system: You are a helpful assistant.
user:
Analyze the provided spectrum to determine if it is a **White Dwarf (WD)**.

A White Dwarf spectrum is defined by its **extreme purity** (due to gravitational settling) and/or **extreme pressure broadening** (due to high surface gravity). You must check for one of the following mutually exclusive signatures:

- **Key Visual Indicators (Check for ONE of these types):**

    - **1. DA-Type Signature (Most Common):**
        - **(Primary Feature):** Extreme pressure broadening (Stark broadening) of the **Hydrogen (H) Balmer lines**.
        - **(Key Lines):** $H\beta$ (approx. $4861$ Å) and $H\gamma$ (approx. $4340$ Å). $H\alpha$ (approx. $6563$ Å) will also be present if the wavelength range covers it.
        - **(Line Profile):** This is the **defining feature**. The lines are **NOT** sharp. They appear as massive, **extremely broad and deep "troughs" or "dips"** in the spectrum, often hundreds of Ångströms wide. The continuum will appear to "scoop" down at these wavelengths.
        - **(Distinction):** Normal A-type or B-type stars have *narrow* and *sharp* Hydrogen lines. A DA White Dwarf's lines are unmistakably "smeared" or "blurry" from pressure.

    - **2. DB-Type Signature:**
        - **(Primary Feature):** Broad absorption lines from **Neutral Helium (He I)**. The spectrum must lack any visible Hydrogen lines.
        - **(Key Lines):** Look for broad absorption near $4471$ Å, $4921$ Å, and $5876$ Å.
        - **(Line Profile):** These lines are also significantly pressure-broadened, appearing much wider than they would in a normal B-type main-sequence star.

    - **3. DC-Type Signature:**
        - **(Primary Feature):** A **featureless continuous spectrum**.
        - **(Line Profile):** The spectrum is a smooth curve with **no significant absorption or emission lines**.
        - **(Key Confirmation):** The continuum is almost always **blue or white**, indicating a hot object. This signature implies the atmosphere is so pure (or so cool) that no spectral lines are visible in the optical range. Its WD identity is confirmed by its extremely low intrinsic brightness (high absolute magnitude).

    - **4. DZ-Type Signature (Metal-Polluted):**
        - **(Primary Feature):** **Isolated, narrow metal absorption lines** on an otherwise featureless (DC-like) continuum.
        - **(Key Lines):** The **Calcium (Ca II) H & K doublet** (approx. **$3934$ Å** and **$3968$ Å**) is the most common and defining feature.
        - **(Line Profile):** These lines are "out of place." They are *not* part of a "forest" of thousands of lines. This signature is evidence of recent *accretion* (pollution) from rocky debris.
        - **(Distinction):** Normal G/K/M stars have a *dense forest* of thousands of metal lines. A DZ has a *clean* continuum with *only a few* strong metal lines.

    - **5. DQ-Type Signature (Carbon-Polluted):**
        - **(Primary Feature):** Absorption bands from **Carbon (C₂ "Swan Bands" or atomic C I)**.
        - **(Key Lines - C₂):** Look for bandheads with a "saw-tooth" shape near $5635$ Å, **$5165$ Å** (strongest), and $4737$ Å.
        - **(Key Confirmation):** The underlying **continuum must be blue or white** (hot).
        - **(Distinction):** This is the critical difference from a **Carbon Star**, which has the *exact same* C₂ bands but on an extremely **red, cool** continuum.

- **(Overall Spectrum):**
    - The continuum (overall shape) is typically **blue-sloping** (brighter in the blue than the red), as most white dwarfs are very hot.
    - The spectrum will look "pure" or "simple," dominated by only *one* of the five signatures listed above.

Think first, call **spectral_visualization_tool** if needed to examine features in detail, then provide your final answer. Your response must adhere to the following strict rules:
1.  **Overall Structure:** Your response must follow the format `<think>...</think> <tool_call>...</tool_call> (if a tool is used) <answer>...</answer>`.
2.  **Tool Usage Constraint:** You may only make **one** tool call per turn.
3.  **Final Answer Format:** In the `<answer>` tag, your conclusion must be inside a `\boxed{}` command (e.g., `\boxed{YES}` or `\boxed{NO}`), followed by your justification.

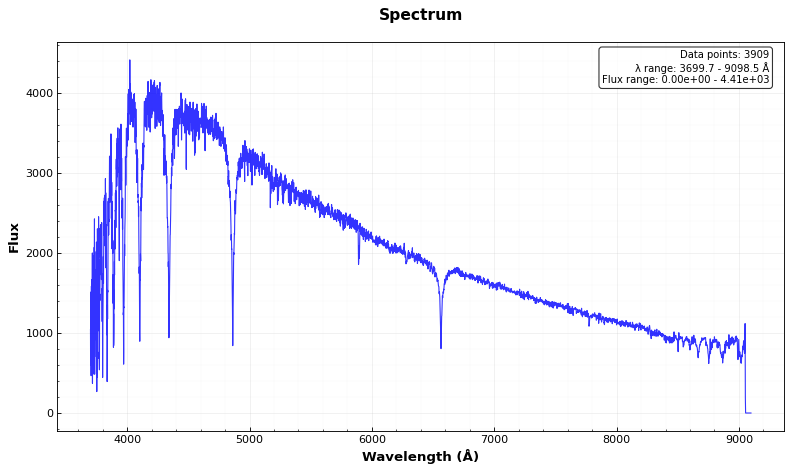
Answer: NO